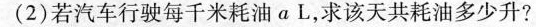
(2)若汽车行驶每千米耗油αL，求该天共耗油多少升?